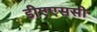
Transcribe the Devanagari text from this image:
डीएएससी